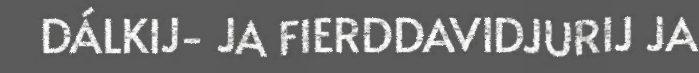
DÁLKIJ- JA FIERDDAVIDJURIJ JA